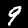
Digit: 9